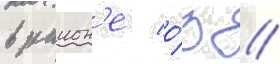
в раион'е о́з //